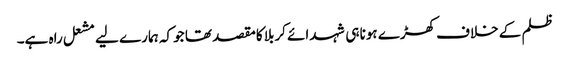
ظلم کے خلاف کھڑے ہونا ہی شہدائے کربلا کامقصد تھا جو کہ ہمارے لیے مشعل راہ ہے۔